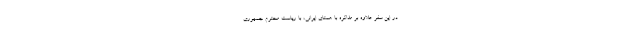
در این سفر علاوه بر مذاکره با همتای ایرانی، با ریاست محترم جمهوری